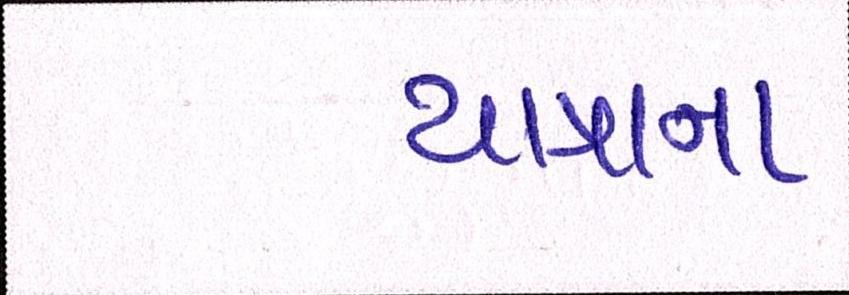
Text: યાત્રાના